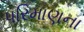
પરિમાણના